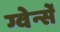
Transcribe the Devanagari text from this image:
ग्वेर्न्से